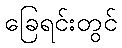
ခြေရင်းတွင်